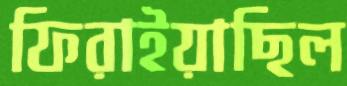
ফিরাইয়াছিল